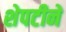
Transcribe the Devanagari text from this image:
शेपटीने